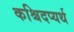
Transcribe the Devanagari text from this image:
कश्चिदप्यर्थ